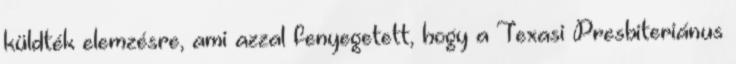
küldték elemzésre, ami azzal fenyegetett, hogy a Texasi Presbiteriánus